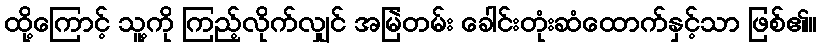
ထို့ကြောင့် သူ့ကို ကြည့်လိုက်လျှင် အမြဲတမ်း ခေါင်းတုံးဆံထောက်နှင့်သာ ဖြစ်၏။